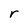
Character: r